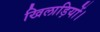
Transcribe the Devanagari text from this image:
खिलाड़ियों।